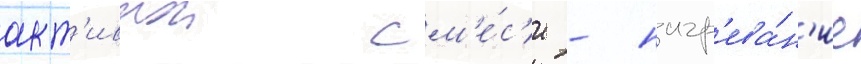
акт'ивнои см'е́с'и - нагр'ева́н'ие